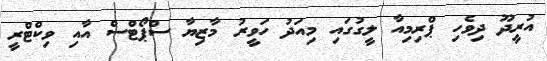
އުރީދޫ ދިވެހި ޕްރިމިއާ ލީގުގައި މިއަދު ހަވީރު މާޒިޔާ ސްޕޯޓްސް އާއި ވިކްޓްރީ